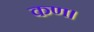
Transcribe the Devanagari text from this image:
कण।